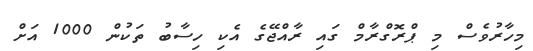
މިހާރުވެސް މި ޕްރޮގްރާމް ގައި ރާއްޖޭގެ އެކި ހިސާބު ތަކުން 1000 އަށް